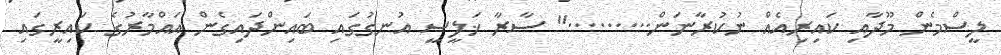
ލީސްމެން މޫދާއި ކައިރިއެއް ނުކުރާނަން........." ސާރާ ޚަލީސީ އުނގުގައި ބައިންދައިގެން އައްމާރުގެ ކައިރީގައި